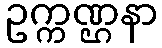
ဥက္ကဏ္ဌနာ